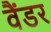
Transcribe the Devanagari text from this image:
वैंडर